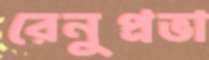
রেনুপ্রভা